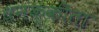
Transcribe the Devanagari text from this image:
धनक्कीता